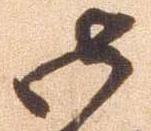
御